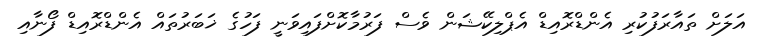
އަލަށް ތައާރަފުކުުރި އެންޑްރޮއިޑް އެޕްލިކޭޝަން ވެސް ފަރުމާކޮށްފައިވަނީ ފަހުގެ ޚަބަރުތައް އެންޑްރޮއިޑް ފޯނާއި